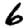
Digit: 6